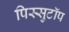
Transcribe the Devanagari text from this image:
पिस्सुटॉप